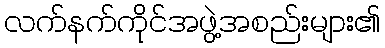
လက်နက်ကိုင်အဖွဲ့အစည်းများ၏